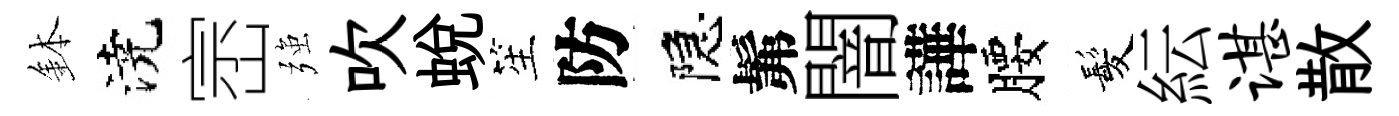
鉢澆崈强吹蜕笙防隠髴闇譁腰髪紜谌散